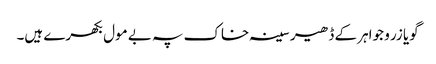
گویا زر و جواہر کے ڈھیر سینہ خاک پہ بے مول بکھرے ہیں۔